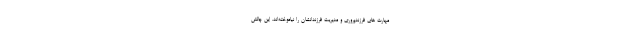
مهارت های فرزندپروری و مدیریت فرزندانشان را نیاموخته‌اند. این چالش